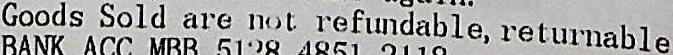
GOODS SOLD ARE NOT REFUNDABLE, RETURNABLE